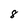
Character: 8